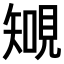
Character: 𧡐